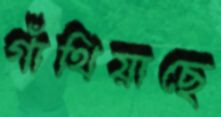
গাঁথিয়াছে